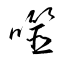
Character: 噬